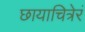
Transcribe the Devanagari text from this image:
छायाचित्रेरं